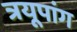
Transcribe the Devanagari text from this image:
त्रयूपांग